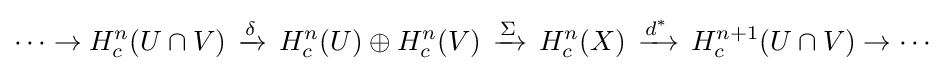
\cdots \to H_{c}^{n}(U\cap V)\,\xrightarrow {\delta } \,H_{c}^{n}(U)\oplus H_{c}^{n}(V)\,\xrightarrow {\Sigma } \,H_{c}^{n}(X)\,\xrightarrow {d^{*}} \,H_{c}^{n+1}(U\cap V)\to \cdots